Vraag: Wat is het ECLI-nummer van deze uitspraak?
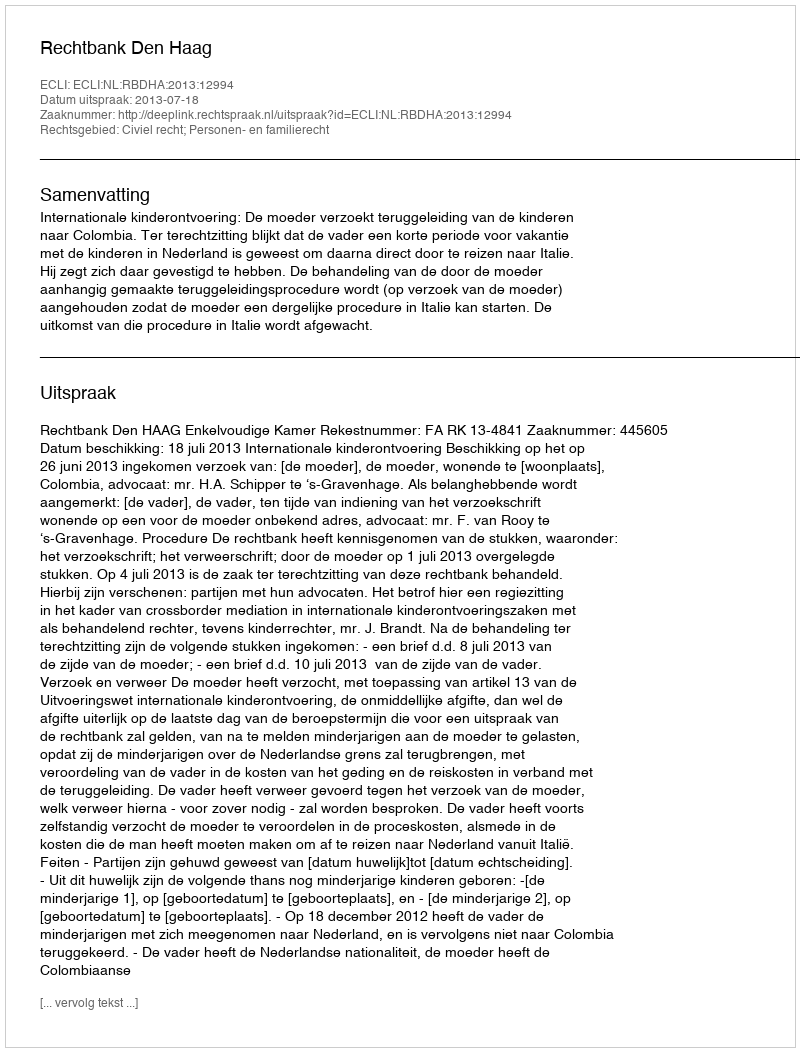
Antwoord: ECLI:NL:RBDHA:2013:12994